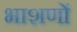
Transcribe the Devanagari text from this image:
भाशणों